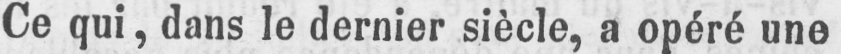
Ce qui, dans le dernier siècle, a opéré une